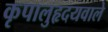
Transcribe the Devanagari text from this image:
कृपालुहृदयवाले